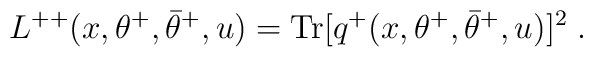
L^{++}(x,\theta^+,\bar\theta^+,u) = {\rm  Tr}[q^+(x,\theta^+,\bar\theta^+,u)]^2\;.